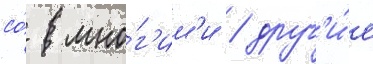
со́ мно́г'им'и / друг'и́е